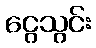
ငွေသွင်း